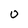
Character: O